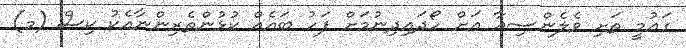
ގައުމީ ތަށި ވެލެންސިއާ އަށް ހޯދައިދިނުމަށް ފަހު ބައެއް ކުޅުންތެރިންނާއެކު ކިސް (މ)